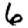
Digit: 6